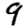
Digit: 9